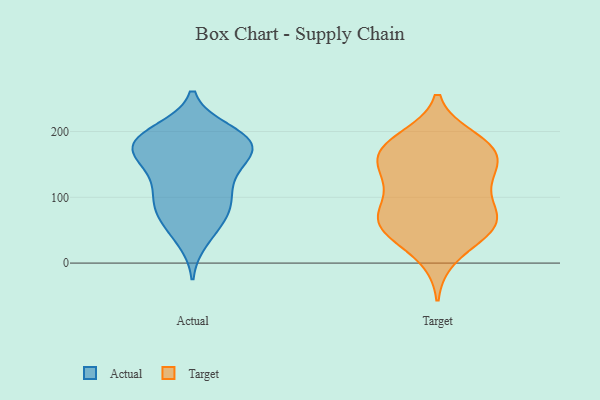
{"axis": {"x": "Revenue (USD Million)", "y": "Value"}, "legend": ["Actual", "Target"], "data": [{"x": "", "y": 124, "type": "Actual"}, {"x": "", "y": 135, "type": "Actual"}, {"x": "", "y": 55, "type": "Actual"}, {"x": "", "y": 200, "type": "Actual"}, {"x": "", "y": 170, "type": "Actual"}, {"x": "", "y": 88, "type": "Actual"}, {"x": "", "y": 143, "type": "Actual"}, {"x": "", "y": 185, "type": "Actual"}, {"x": "", "y": 190, "type": "Actual"}, {"x": "", "y": 64, "type": "Actual"}, {"x": "", "y": 179, "type": "Actual"}, {"x": "", "y": 96, "type": "Actual"}, {"x": "", "y": 36, "type": "Actual"}, {"x": "", "y": 91, "type": "Actual"}, {"x": "", "y": 193, "type": "Actual"}, {"x": "", "y": 155, "type": "Actual"}, {"x": "", "y": 90, "type": "Actual"}, {"x": "", "y": 177, "type": "Actual"}, {"x": "", "y": 174, "type": "Actual"}, {"x": "", "y": 187, "type": "Actual"}, {"x": "", "y": 79, "type": "Target"}, {"x": "", "y": 153, "type": "Target"}, {"x": "", "y": 176, "type": "Target"}, {"x": "", "y": 45, "type": "Target"}, {"x": "", "y": 111, "type": "Target"}, {"x": "", "y": 173, "type": "Target"}, {"x": "", "y": 189, "type": "Target"}, {"x": "", "y": 57, "type": "Target"}, {"x": "", "y": 53, "type": "Target"}, {"x": "", "y": 71, "type": "Target"}, {"x": "", "y": 122, "type": "Target"}, {"x": "", "y": 65, "type": "Target"}, {"x": "", "y": 10, "type": "Target"}, {"x": "", "y": 180, "type": "Target"}, {"x": "", "y": 151, "type": "Target"}, {"x": "", "y": 126, "type": "Target"}, {"x": "", "y": 165, "type": "Target"}, {"x": "", "y": 61, "type": "Target"}]}